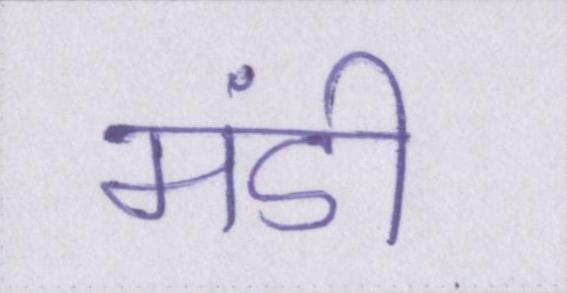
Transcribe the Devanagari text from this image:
मंडी